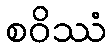
စဝိဿံ